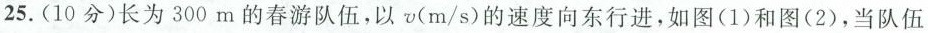
25.(10分)长为300m的春游队伍，以v(m/s)的速度向东行进，如图(1)和图(2)，当队伍